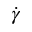
\dot { \gamma }